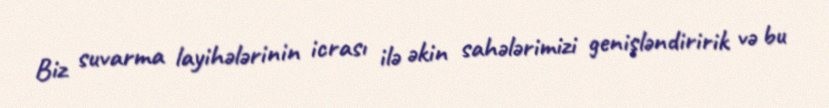
Biz suvarma layihələrinin icrası ilə əkin sahələrimizi genişləndiririk və bu